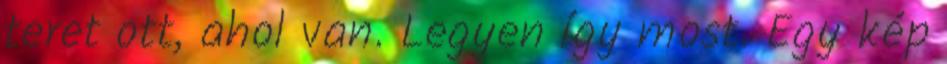
teret ott, ahol van. Legyen így most. Egy kép